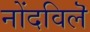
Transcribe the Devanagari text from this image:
नोंदविलॆ